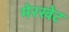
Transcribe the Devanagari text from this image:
मेरखेट